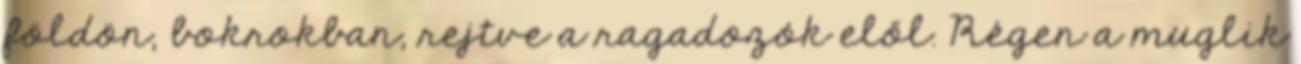
földön, bokrokban, rejtve a ragadozók elől. Régen a muglik